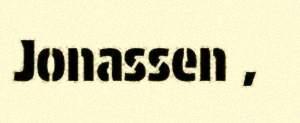
Jonassen ,